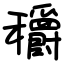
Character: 穱